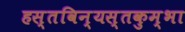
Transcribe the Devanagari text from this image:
हस्तविन्यस्तकुम्भा